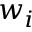
w _ { i }